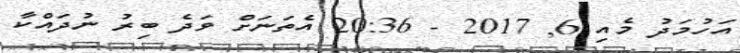
އަހުމަދު މެއި 6